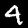
Label: 4